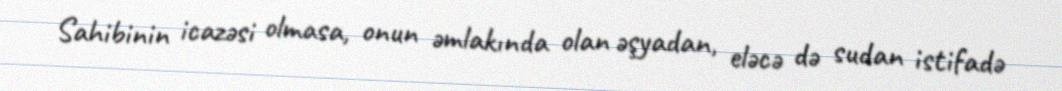
Sahibinin icazəsi olmasa, onun əmlakında olan əşyadan, eləcə də sudan istifadə